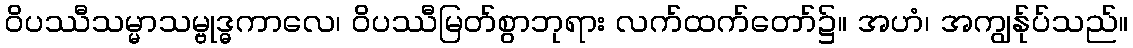
ဝိပဿီသမ္မာသမ္ဗုဒ္ဓကာလေ၊ ဝိပဿီမြတ်စွာဘုရား လက်ထက်တော်၌။ အဟံ၊ အကျွန်ုပ်သည်။